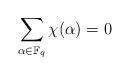
LaTeX: \begin{align*}\sum\limits_{\alpha\in\mathbb{F}_q}\chi(\alpha)=0\end{align*}